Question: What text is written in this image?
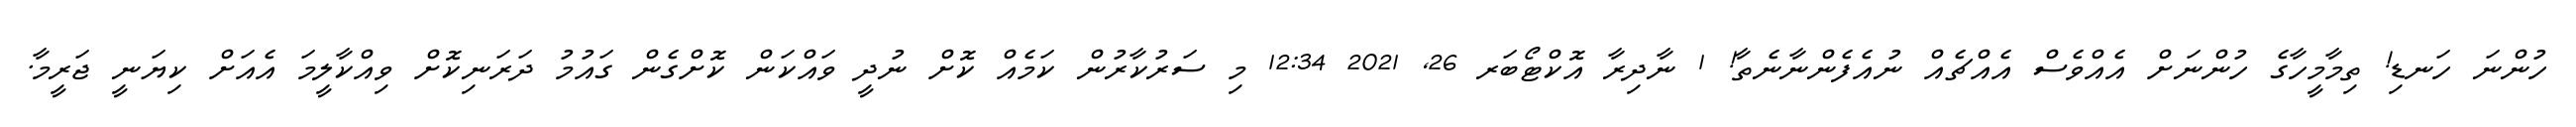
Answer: ހުންނަ ހަނޑި! ތިމާމީހާގެ ހުންނަށް އެއްވެސް އެއްޗެއް ނުއެފެންނާނެތާ! 1 ނާދިރާ އޮކްޓޯބަރ 26, 2021 12:34 މި ސަރުކާރުން ކަމެއް ކޮށް ނުދީ ވައްކަން ކޮށްގެން ގައުމު ދަރަނިކޮށް ވިއްކާލީމަ އެއަށް ކިޔަނީ ޖަރީމާ.